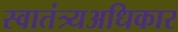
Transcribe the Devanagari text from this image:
स्वातंत्र्यअधिकार